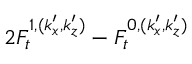
2 F _ { t } ^ { 1 , ( k _ { x } ^ { \prime } , k _ { z } ^ { \prime } ) } - F _ { t } ^ { 0 , ( k _ { x } ^ { \prime } , k _ { z } ^ { \prime } ) }